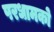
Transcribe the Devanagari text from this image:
परधामको